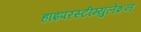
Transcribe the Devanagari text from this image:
हाइपरस्टीम्युलेशन